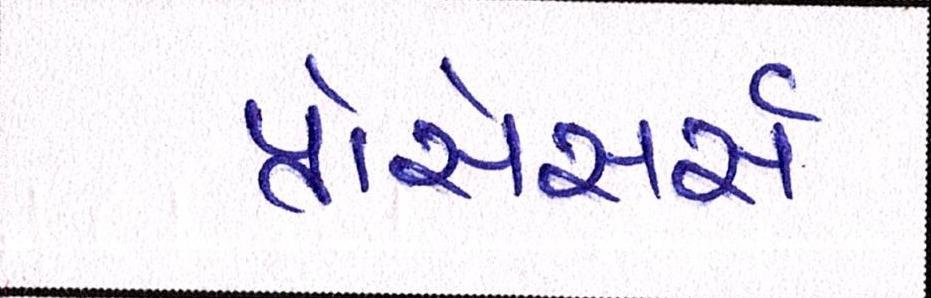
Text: પ્રોસેસર્સ